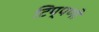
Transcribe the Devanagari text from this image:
टिप्‍पणी